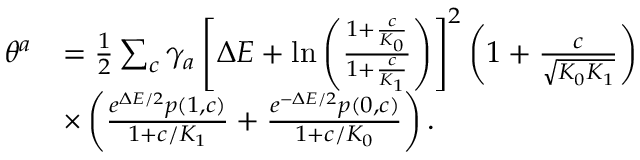
\begin{array} { r l } { \theta ^ { a } } & { = \frac { 1 } { 2 } \sum _ { c } \gamma _ { a } \left[ \Delta E + \ln \left( \frac { 1 + \frac { c } { K _ { 0 } } } { 1 + \frac { c } { K _ { 1 } } } \right) \right] ^ { 2 } \left( 1 + \frac { c } { \sqrt { K _ { 0 } K _ { 1 } } } \right) } \\ & { \times \left( \frac { e ^ { \Delta E / 2 } p \left( 1 , c \right) } { 1 + c / K _ { 1 } } + \frac { e ^ { - \Delta E / 2 } p \left( 0 , c \right) } { 1 + c / K _ { 0 } } \right) . } \end{array}